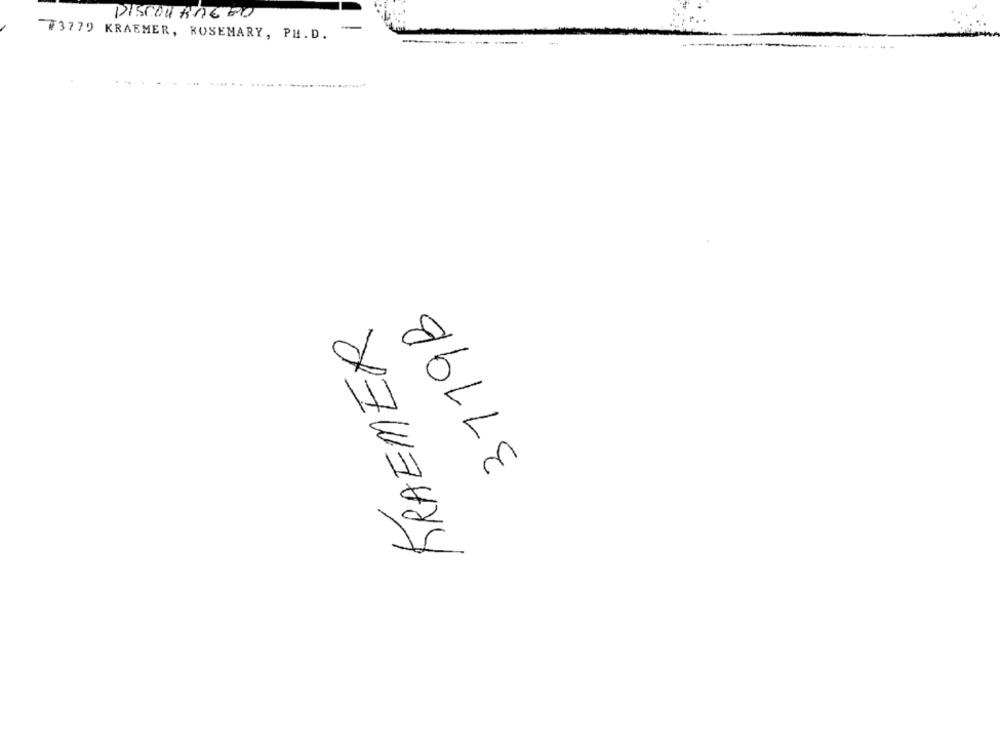
aaguy nouska
73770 KRAEMER, ROSEMARY, PH. D.
3779B
KRAEMER